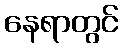
နေရာတွင်